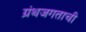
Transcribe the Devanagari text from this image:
ग्रंथजगताची